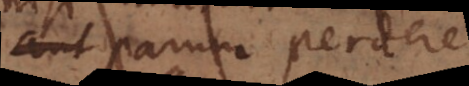
ut parum perdere,